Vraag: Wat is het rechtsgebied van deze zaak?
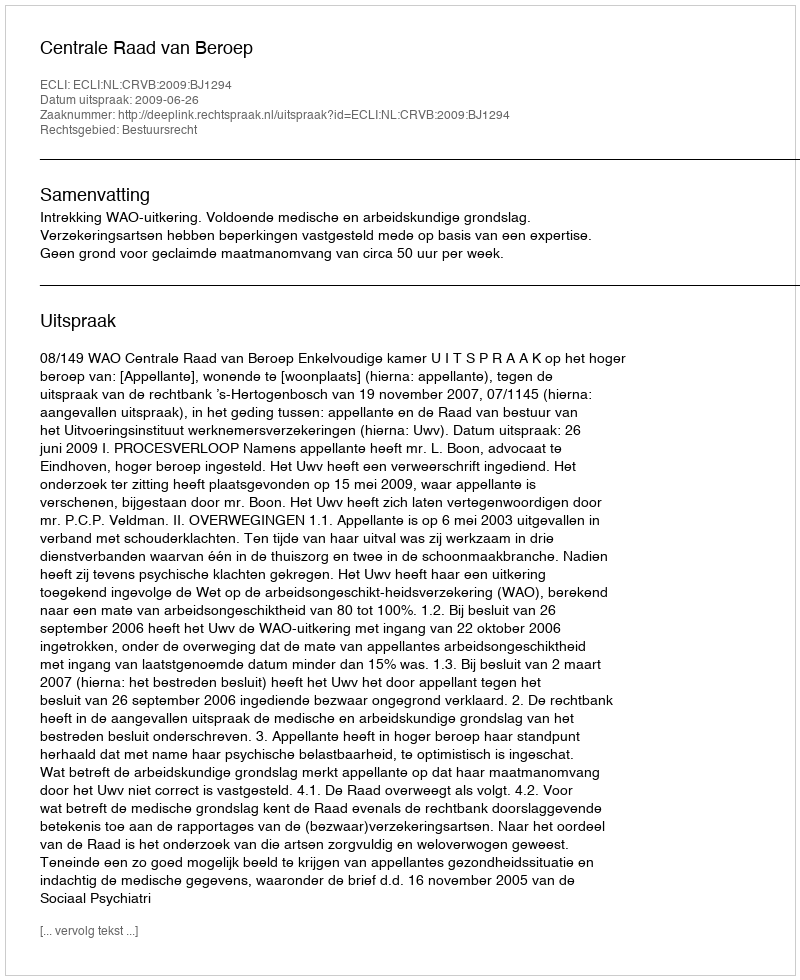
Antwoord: Bestuursrecht